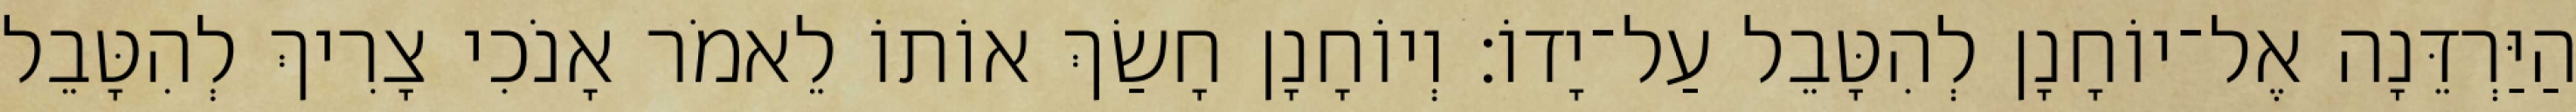
הַיַּרְדֵּנָה אֶל־יוֹחָנָן לְהִטָּבֵל עַל־יָדוֹ׃ וְיוֹחָנָן חָשַׂךְ אוֹתוֹ לֵאמֹר אָנֹכִי צָרִיךְ לְהִטָּבֵל